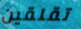
تقلقين